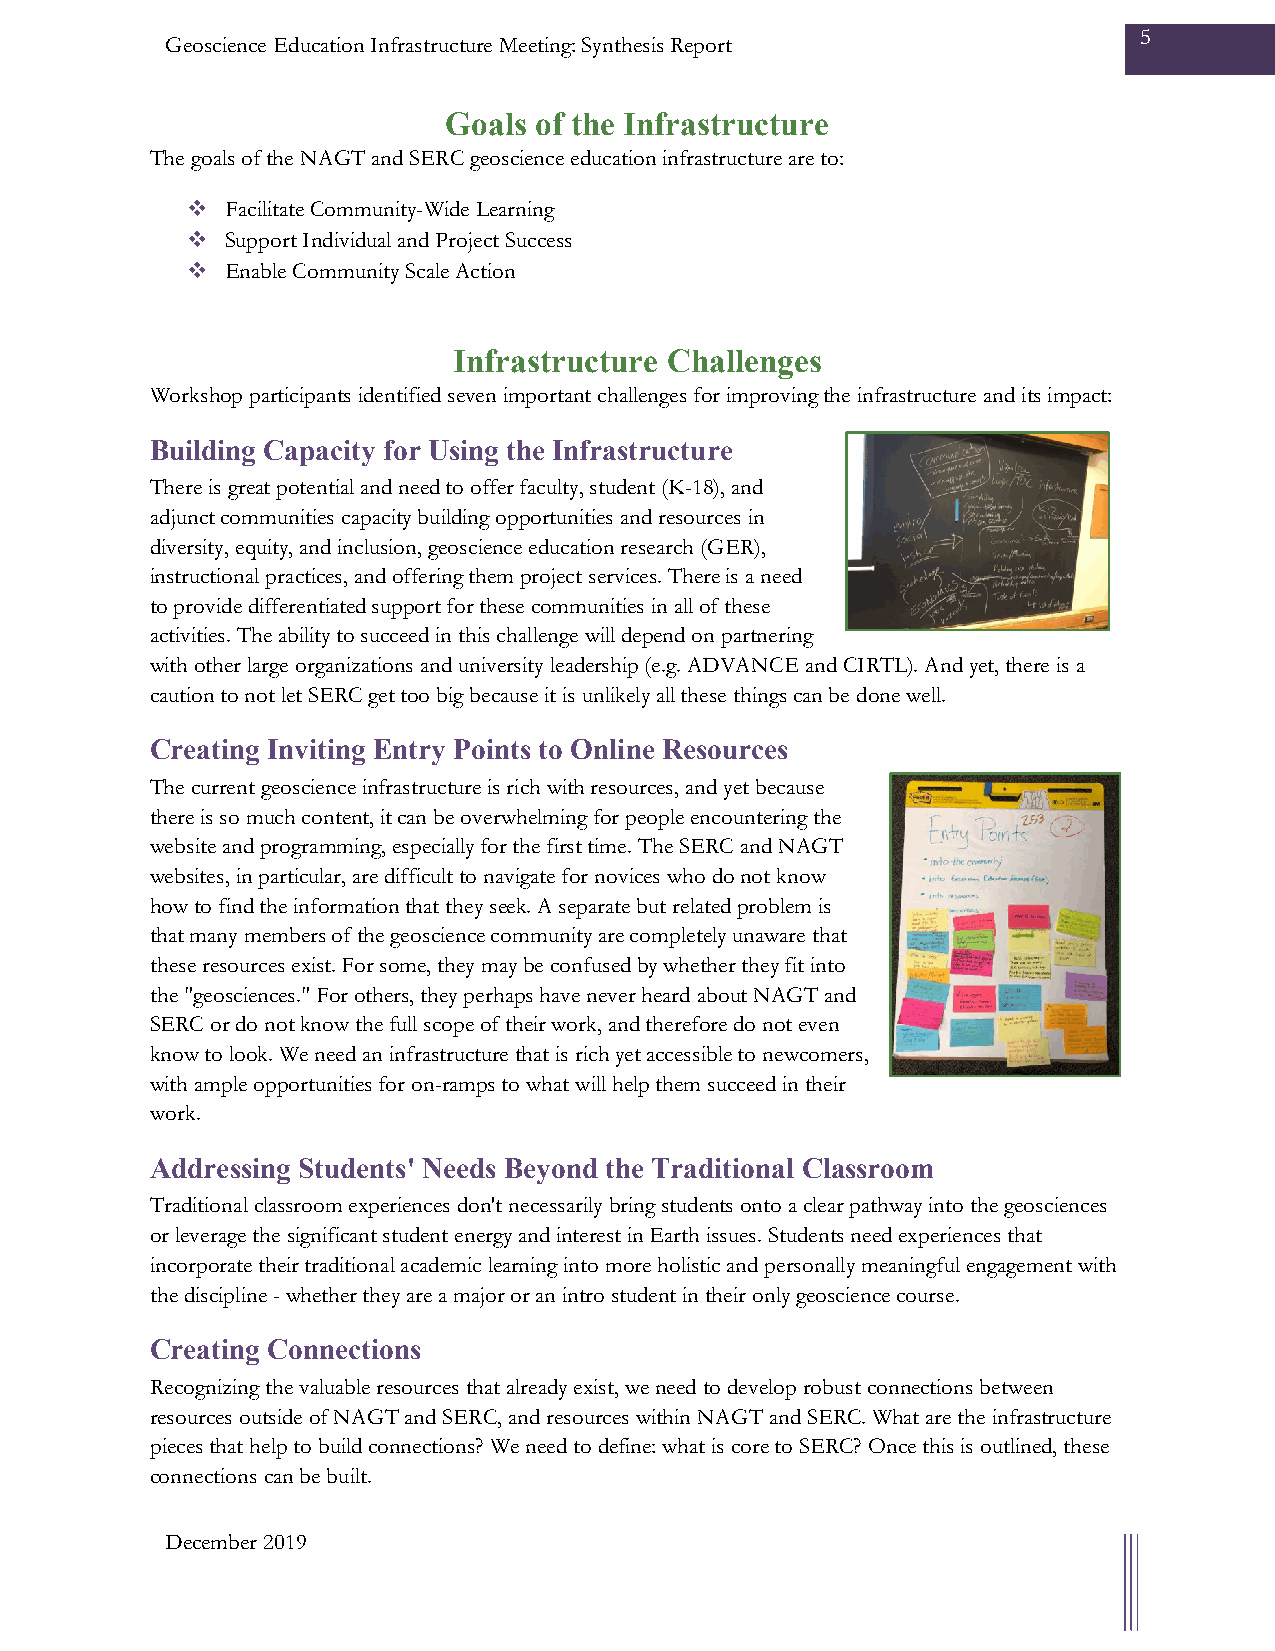
5
 Geoscience Education Infrastructure Meeting: Synthesis Report
 Goals of the Infrastructure
 The goals of the NAGT and SERC geoscience education infrastructure are to:
   Facilitate Community-Wide Learning
   Support Individual and Project Success
   Enable Community Scale Action
 Infrastructure Challenges
 Workshop participants identified seven important challenges for improving the infrastructure and its impact:
 Building Capacity for Using the Infrastructure
 There is great potential and need to offer faculty, student (K-18), and
 adjunct communities capacity building opportunities and resources in
 diversity, equity, and inclusion, geoscience education research (GER),
 instructional practices, and offering them project services. There is a need
 to provide differentiated support for these communities in all of these
 activities. The ability to succeed in this challenge will depend on partnering
 with other large organizations and university leadership (e.g. ADVANCE and CIRTL). And yet, there is a
 caution to not let SERC get too big because it is unlikely all these things can be done well.
 Creating Inviting Entry Points to Online Resources
 The current geoscience infrastructure is rich with resources, and yet because
 there is so much content, it can be overwhelming for people encountering the
 website and programming, especially for the first time. The SERC and NAGT
 websites, in particular, are difficult to navigate for novices who do not know
 how to find the information that they seek. A separate but related problem is
 that many members of the geoscience community are completely unaware that
 these resources exist. For some, they may be confused by whether they fit into
 the "geosciences." For others, they perhaps have never heard about NAGT and
 SERC or do not know the full scope of their work, and therefore do not even
 know to look. We need an infrastructure that is rich yet accessible to newcomers,
 with ample opportunities for on-ramps to what will help them succeed in their
 work.
 Addressing Students' Needs Beyond the Traditional Classroom
 Traditional classroom experiences don't necessarily bring students onto a clear pathway into the geosciences
 or leverage the significant student energy and interest in Earth issues. Students need experiences that
 incorporate their traditional academic learning into more holistic and personally meaningful engagement with
 the discipline - whether they are a major or an intro student in their only geoscience course.
 Creating Connections
 Recognizing the valuable resources that already exist, we need to develop robust connections between
 resources outside of NAGT and SERC, and resources within NAGT and SERC. What are the infrastructure
 pieces that help to build connections? We need to define: what is core to SERC? Once this is outlined, these
 connections can be built.
 December 2019